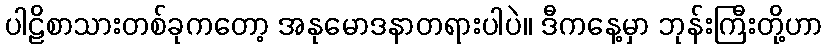
ပါဠိစာသားတစ်ခုကတော့ အနုမောဒနာတရားပါပဲ။ ဒီကနေ့မှာ ဘုန်းကြီးတို့ဟာ